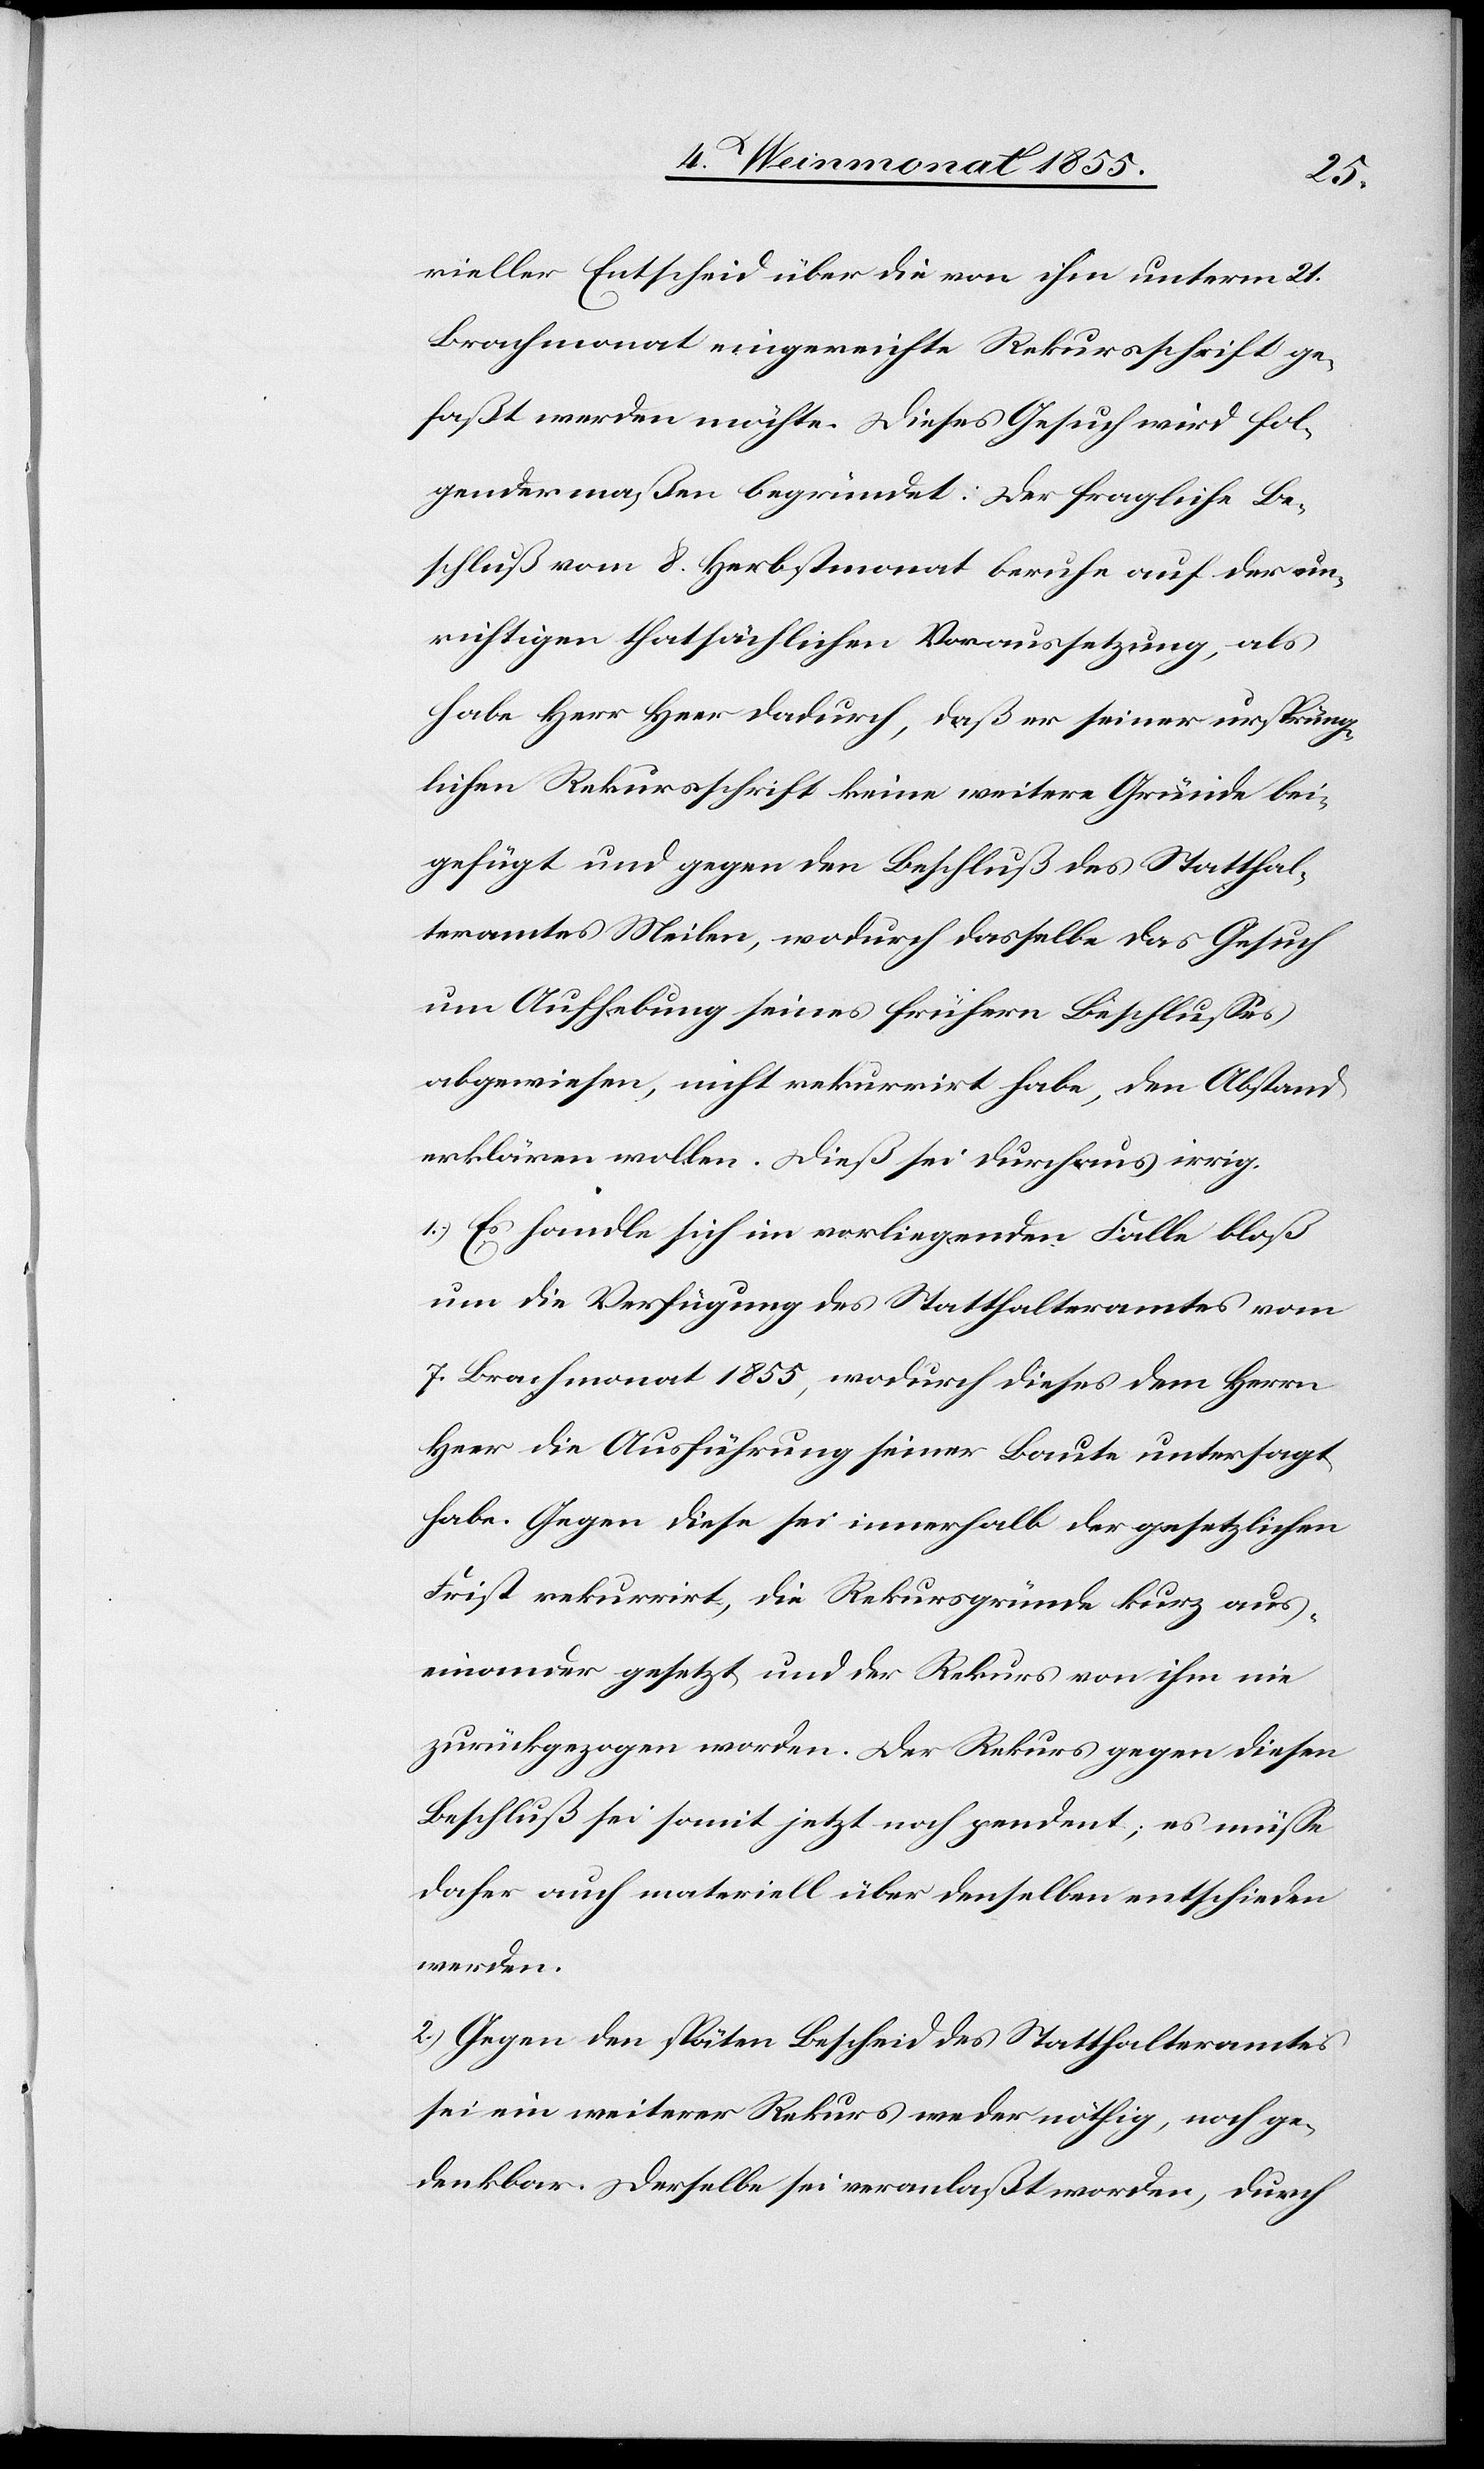
rieller Entscheid über die von ihm unterm 21.
Brachmonat eingereichte Rekursschrift ge¬
faßt werden möchte. Dieses Gesuch wird fol¬
gendermaßen begründet: Der fragliche Be¬
schluß vom 8. Herbstmonat beruhe auf der un¬
richtigen thatsächlichen Voraussetzung, als
habe Herr Heer dadurch, daß er seiner ursprüng¬
lichen Rekursschrift keine weitere Gründe bei¬
gefügt und gegen den Beschluß des Statthal¬
teramtes Meilen, wodurch dasselbe das Gesuch
um Aufhebung seines frühern Beschlusses
abgewiesen, nicht rekurrirt habe, den Abstand
erklären wollen. Dieß sei durchaus irrig.
1.) Es handle sich im vorliegenden Falle bloß
um die Verfügung des Statthalteramtes vom
7. Brachmonat 1855, wodurch dieses dem Herrn
Heer die Ausführung seiner Baute untersagt
habe. Gegen diese sei innerhalb der gesetzlichen
Frist rekurrirt, die Rekursgründe kurz aus¬
einander gesetzt und der Rekurs von ihm nie
zurückgezogen worden. Der Rekurs gegen diesen
Beschluß sei somit jetzt noch pendent; es müsse
daher auch materiell über denselben entschieden
werden.
2.) Gegen den späten Bescheid des Statthalteramtes
sei ein weiterer Rekurs weder nöthig, noch ge¬
denkbar. Derselbe sei veranlaßt worden, durch